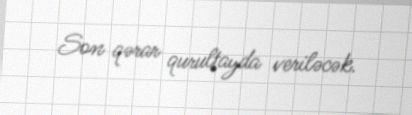
Son qərar qurultayda veriləcək.